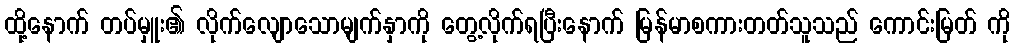
ထို့နောက် တပ်မှူး၏ လိုက်လျောသောမျက်နှာကို တွေ့လိုက်ရပြီးနောက် မြန်မာစကားတတ်သူသည် ကောင်းမြတ် ကို